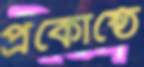
প্রকোষ্ঠে